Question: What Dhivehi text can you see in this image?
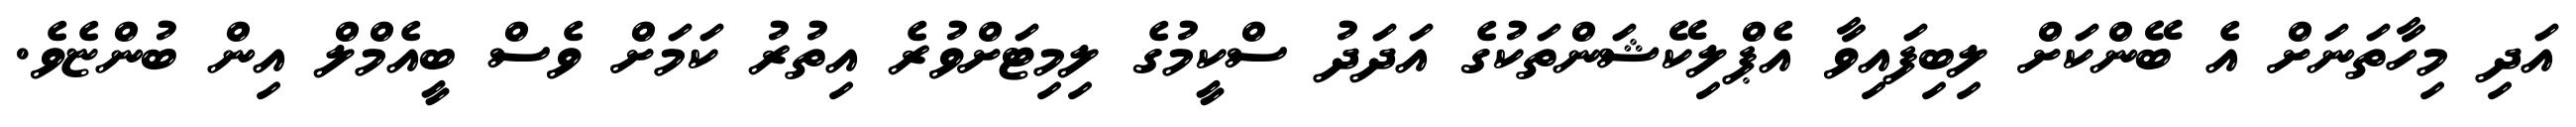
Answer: އަދި މިހާތަނަށް އެ ބޭންކަށް ލިބިފައިވާ އެޕްލިކޭޝަންތަކުގެ އަދަދު ސްކީމުގެ ލިމިޓަށްވުރެ އިތުރު ކަމަށް ވެސް ބީއެމްލް އިން ބުންޏެވެ.